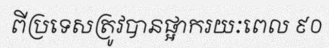
ពីប្រទេសត្រូវបានផ្អាករយៈពេល ៩០